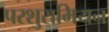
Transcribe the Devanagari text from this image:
परशुरामियन